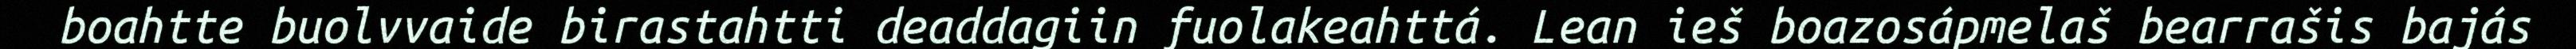
boahtte buolvvaide birastahtti deaddagiin fuolakeahttá. Lean ieš boazosápmelaš bearrašis bajás